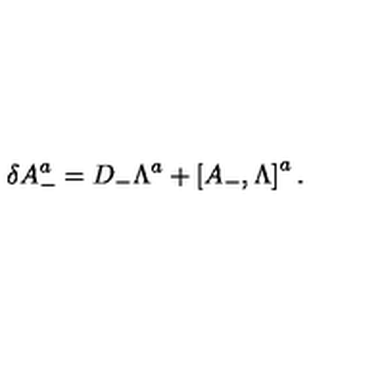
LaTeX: \delta A _ { - } ^ { a } = D _ { - } \Lambda ^ { a } + \left[ A _ { - } , \Lambda \right] ^ { a } .